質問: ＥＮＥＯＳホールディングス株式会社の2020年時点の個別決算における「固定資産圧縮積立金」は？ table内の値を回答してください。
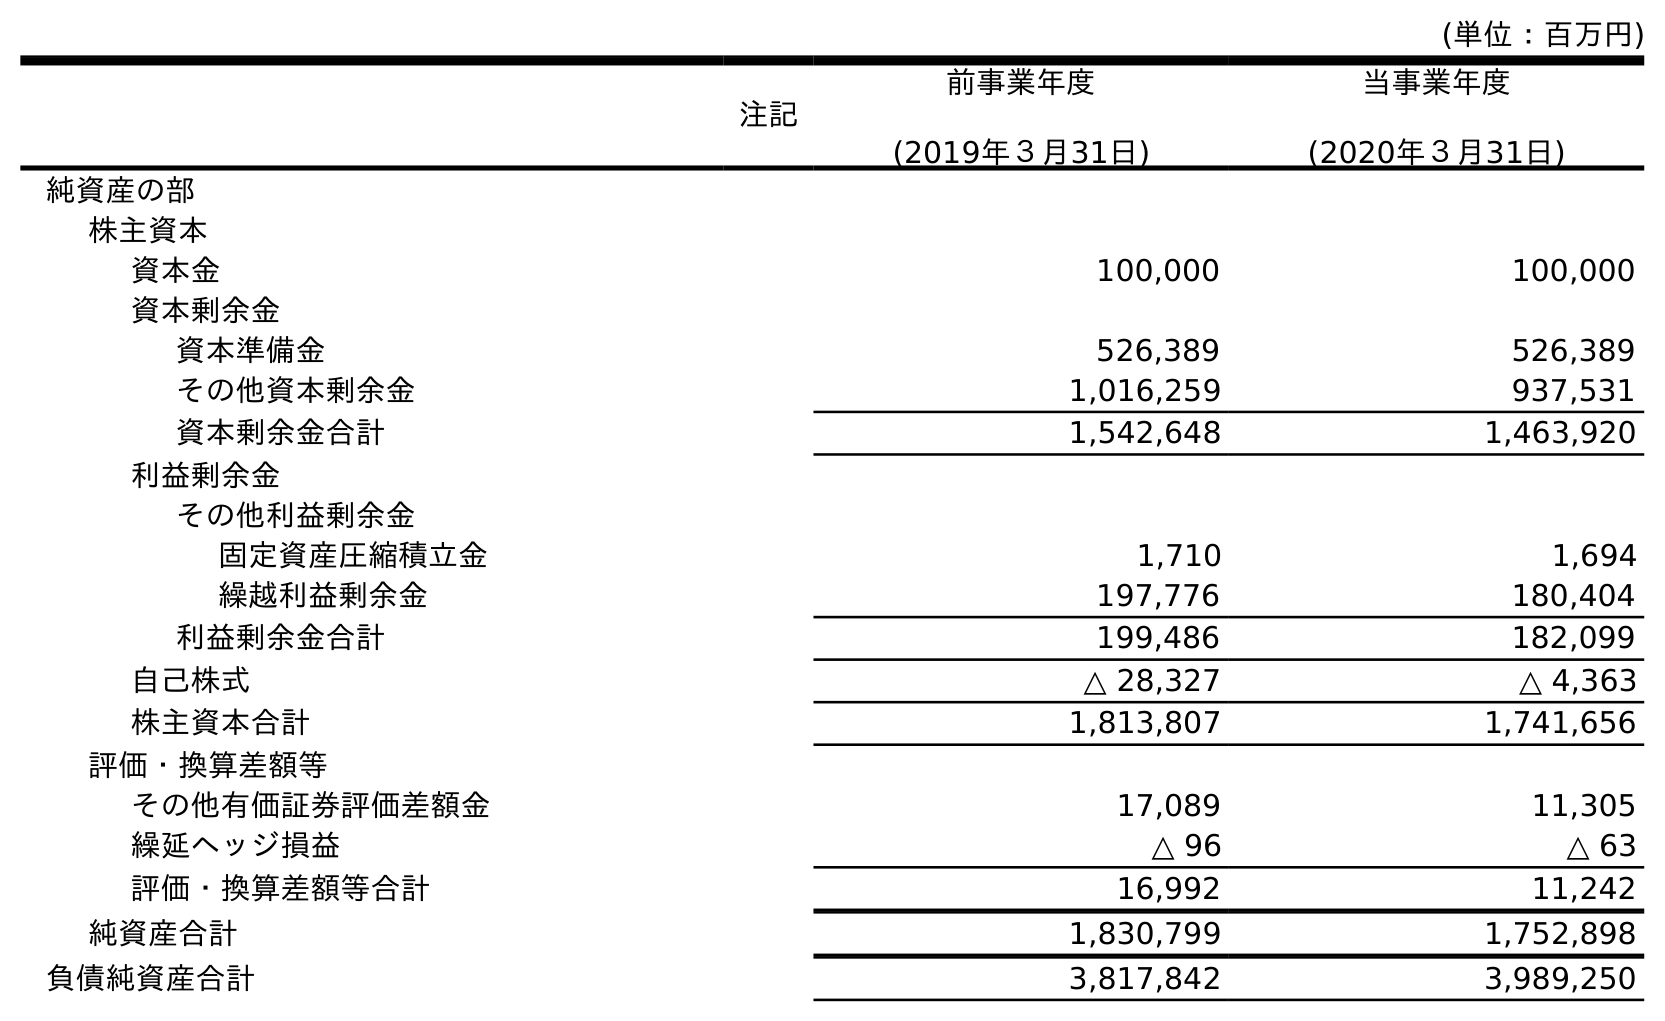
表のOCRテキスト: (単位：百万円) 注記 前事業年度 (2019年３月31日) 当事業年度 (2020年３月31日) 純資産の部 株主資本 資本金 100,000 100,000 資本剰余金 資本準備金 526,389 526,389 その他資本剰余金 1,016,259 937,531 資本剰余金合計 1,542,648 1,463,920 利益剰余金 その他利益剰余金 固定資産圧縮積立金 1,710 1,694 繰越利益剰余金 197,776 180,404 利益剰余金合計 199,486 182,099 自己株式 △ 28,327 △ 4,363 株主資本合計 1,813,807 1,741,656 評価・換算差額等 その他有価証券評価差額金 17,089 11,305 繰延ヘッジ損益 △ 96 △ 63 評価・換算差額等合計 16,992 11,242 純資産合計 1,830,799 1,752,898 負債純資産合計 3,817,842 3,989,250
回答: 1,694